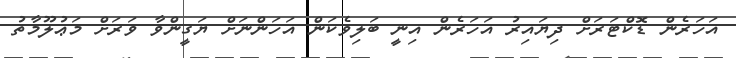
އަހަރެން ޑޮކްޓަރަށް ދިޔައިރު އަހަރެން އިނީ ބަލިވެކަން އަހަންނަށް ޔަގީންވާ ވަރަށް މަޢުލޫމާތު